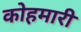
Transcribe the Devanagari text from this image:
कोहमारी